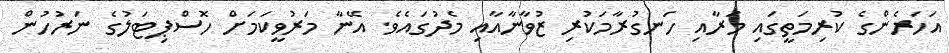
އަހަރެންގެ ކުރިމަތީގައި މަރާއި ހަނގުރާމަކުރި ޒުވާނާއާއި މެދުގައެވެ. އޭނާ މަރުވީކަމަށް ހޮސްޕިޓަލުގެ ނަރުހުން